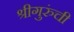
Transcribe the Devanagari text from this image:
श्रीगुरुंची